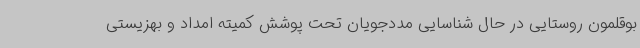
بوقلمون روستایی در حال شناسایی مددجویان تحت پوشش کمیته امداد و بهزیستی